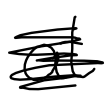
Text: at
Cross-out: scratch
Writing tool: digital_black